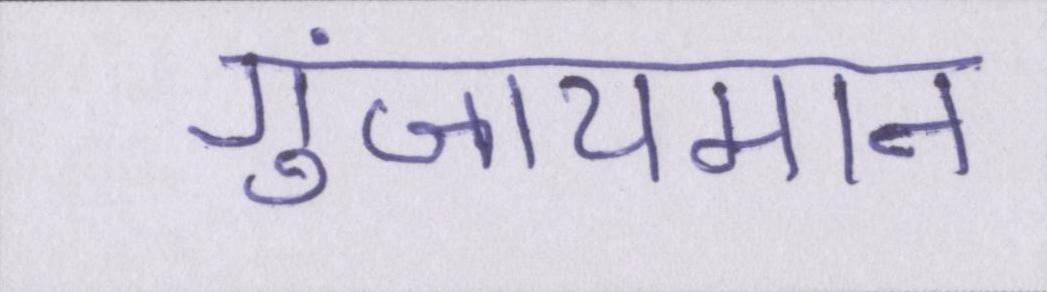
गुंजायमान